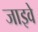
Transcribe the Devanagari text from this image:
जाइवे